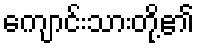
ကျောင်းသားတို့၏